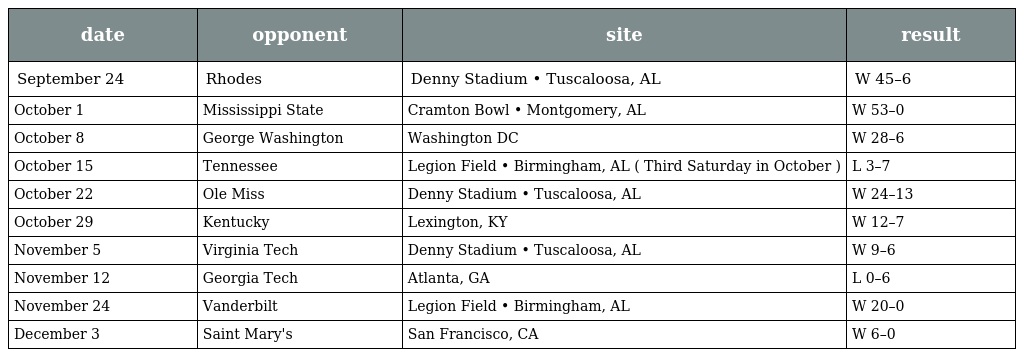
| date | opponent | site | result |
 | --- | --- | --- | --- |
 | September 24 | Rhodes | Denny Stadium • Tuscaloosa, AL | W 45–6 |
 | October 1 | Mississippi State | Cramton Bowl • Montgomery, AL | W 53–0 |
 | October 8 | George Washington | Washington DC | W 28–6 |
 | October 15 | Tennessee | Legion Field • Birmingham, AL ( Third Saturday in October ) | L 3–7 |
 | October 22 | Ole Miss | Denny Stadium • Tuscaloosa, AL | W 24–13 |
 | October 29 | Kentucky | Lexington, KY | W 12–7 |
 | November 5 | Virginia Tech | Denny Stadium • Tuscaloosa, AL | W 9–6 |
 | November 12 | Georgia Tech | Atlanta, GA | L 0–6 |
 | November 24 | Vanderbilt | Legion Field • Birmingham, AL | W 20–0 |
 | December 3 | Saint Mary's | San Francisco, CA | W 6–0 |